Madras plague regulations in force outside the Presidency town - Volume 2
Disease focus: Plague
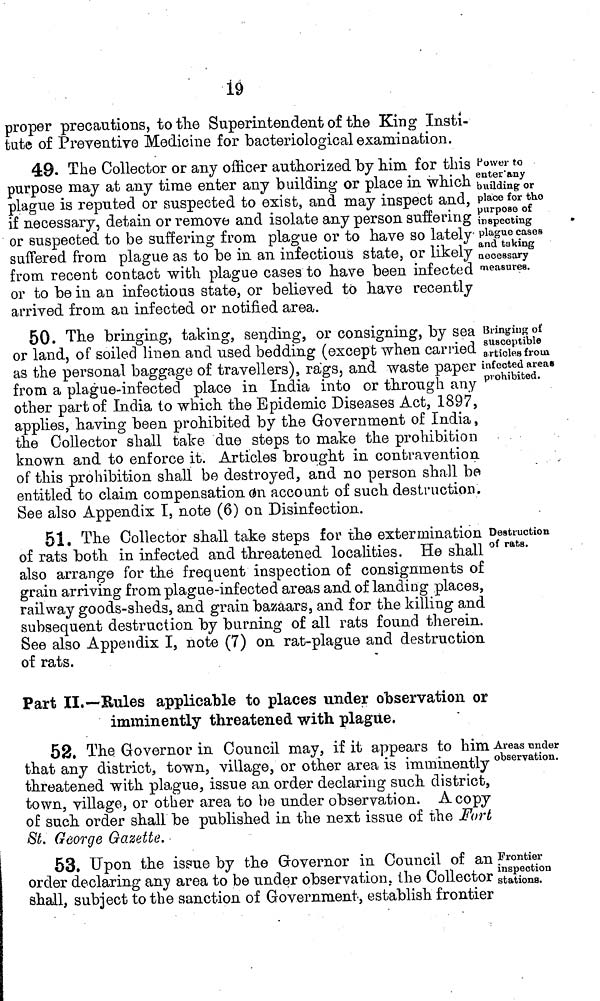
19
proper precautions, tothe Superintendent of the King Insti-
tute of Preventive Medicine for bacteriological examination.
Power to
enter'any
building or
place for the
purpose of
inspecting
plague cases
and taking
necessary
measures.
49. The Collector or any officer authorized by him for this
purpose may at any time enter any building or place in which
plague is reputed or suspected to exist, and may inspect and,
if necessary, detain or remove and isolate any person suffering
or suspected to be suffering from plague or to have so lately-
suffered from plague as to be in an infectious state, or likely
from recent contact with plague cases to have been infected
or to be in an infectious state, or believed to have recently
arrived from an infected or notified area.
Bringing of
susceptible
articles from
infected areas
prohibited.
50. The bringing, taking, sending, or consigning, by sea
or land, of soiled linen and used bedding (except when carried
as the personal baggage of travellers), rags, and waste paper
from a plague-infected place in India into or through any
other part of India to which the Epidemic Diseases Act, 1897,
applies, having been prohibited by the Government of India,
the Collector shall take due steps to make the prohibition
known and to enforce it. Articles brought in contravention
of this prohibition shall be destroyed, and no person shall be
entitled to claim compensation on account of such destruction.
See also Appendix I, note (6) on Disinfection.
Destruction
of rats.
51. The Collector shall take steps for the extermination
of rats both in infected and threatened localities. He shall
also arrange for the frequent inspection of consignments of
grain arriving from plague-infected areas and of landing places,
railway goods-sheds, and grain bazaars, and for the killing and
subsequent destruction by burning of all rats found therein.
See also Appendix I, note (7) on rat-plague and destruction
of rats.
Part II.—Rules applicable to places under observation or
imminently threatened with plague,
Areas under
observation.
52. The Governor in Council may, if it appears to him
that any district, town, village, or other area is imminently
threatened with plague, issue an order declaring such district,
town, village, or other area to be under observation. A copy
of such order shall be published in the next issue of the Fort
St. George Gazette.
Frontier
inspection
stations.
53. Upon the issue by the Governor in Council of an
order declaring any area to be under observation, the Collector
shall, subject to the sanction of Government, establish frontier